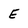
Character: E